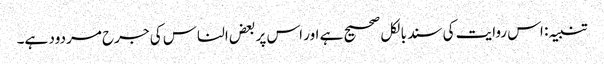
تنبیہ: اس روایت کی سند بالکل صحیح ہے اور اس پر بعض الناس کی جرح مردود ہے۔